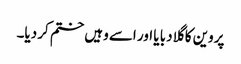
پروین کا گلا دبا یا اور اسے وہیں ختم کر دیا۔